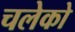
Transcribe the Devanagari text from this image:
चलेको